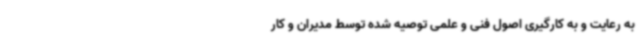
به رعایت و به کارگیری اصول فنی و علمی توصیه شده توسط مدیران و کار